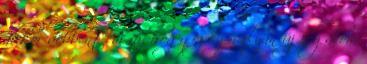
akkor döbbentem rá, hogy ez egy olyan új fogalom